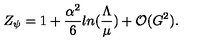
Z _ { \psi } = 1 + \frac { \alpha ^ { 2 } } { 6 } l n ( \frac { \Lambda } { \mu } ) + { \cal O } ( G ^ { 2 } ) .